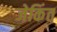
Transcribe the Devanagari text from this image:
जेकिंत